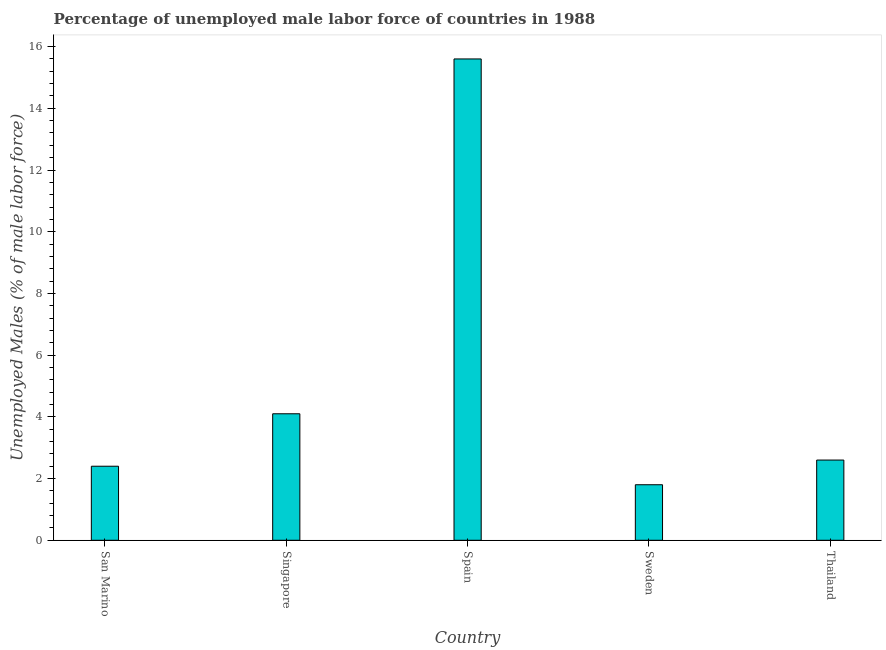
| Country | Unemployment male |
 | --- | --- |
 | San Marino | 2.4 |
 | Singapore | 4.1 |
 | Spain | 15.6 |
 | Sweden | 1.8 |
 | Thailand | 2.6 |